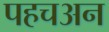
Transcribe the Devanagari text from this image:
पहचअन